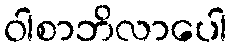
ဝါစာဘိလာပေါ